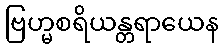
ဗြဟ္မစရိယန္တရာယေန